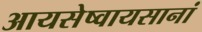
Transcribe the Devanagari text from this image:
आयसेष्वायसानां